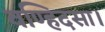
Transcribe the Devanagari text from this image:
वण्हिदसा।